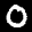
Label: 0